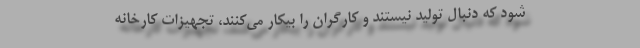
شود که دنبال تولید نیستند و کارگران را بیکار می‌کنند، تجهیزات کارخانه